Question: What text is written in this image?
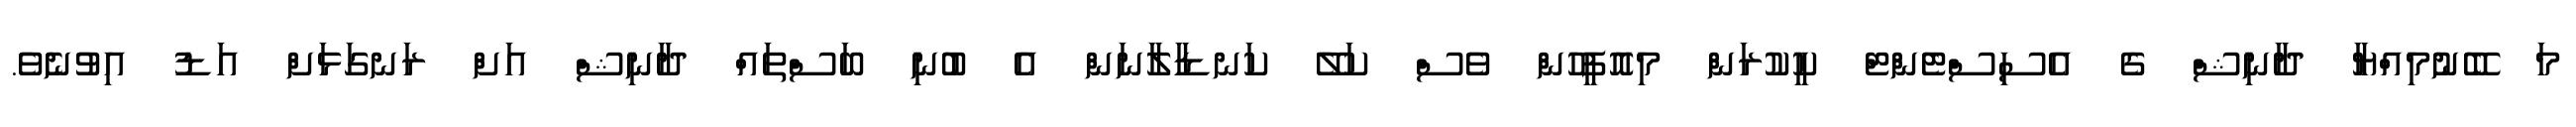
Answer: މަ ބޭނުމިއްޔާ ދާނިޝް ގެ އެސިސްޓެންޓް ކީކުރަން މިއޮފީހުން ވެސް ކަލޭ ކަނޑާލާނަން އެ ބުނި ބަސްތައް ދާނިޝް އަށް ރަނގަޅަށް އަޑު އިވުނެވެ.